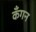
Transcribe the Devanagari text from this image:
कँगन